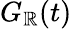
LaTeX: G_{\mathbb{R}}(t)